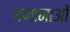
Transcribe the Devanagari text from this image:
गणानाओं